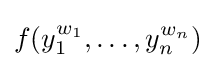
f(y_{1}^{w_{1}},\ldots ,y_{n}^{w_{n}})